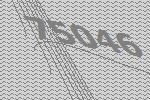
75046